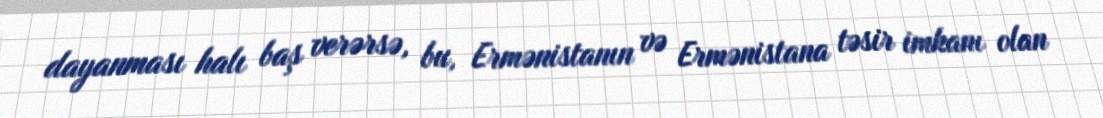
dayanması halı baş verərsə, bu, Ermənistanın və Ermənistana təsir imkanı olan